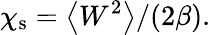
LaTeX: \chi_{\mathrm{s}}=\left<W^{2}\right>/(2\beta).